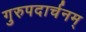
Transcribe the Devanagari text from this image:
गुरुपदार्चनम्